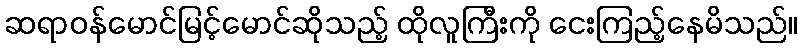
ဆရာဝန်မောင်မြင့်မောင်ဆိုသည့် ထိုလူကြီးကို ငေးကြည့်နေမိသည်။